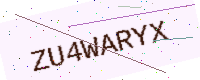
Text: ZU4WARYX